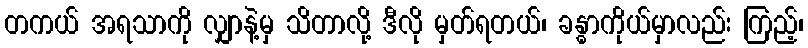
တကယ် အရသာကို လျှာနဲ့မှ သိတာလို့ ဒီလို မှတ်ရတယ်၊ ခန္ဓာကိုယ်မှာလည်း ကြည့်၊